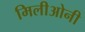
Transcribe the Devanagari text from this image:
मिलीओनी